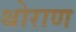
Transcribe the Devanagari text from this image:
थोराण